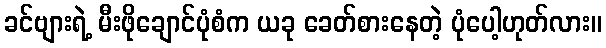
ခင်ဗျားရဲ့ မီးဖိုချောင်ပုံစံက ယခု ခေတ်စားနေတဲ့ ပုံပေါ့ဟုတ်လား။